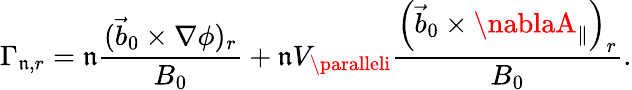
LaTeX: \Gamma_{\mathfrak{n},r}=\mathfrak{n}\frac{{(\vec{{b}}_{0}\times\nabla\phi)_{r}}}{{B_{0}}}+\mathfrak{n}V_{\paralleli}\frac{{\left(\vec{{b}}_{0}\times\nablaA_{\parallel}\right)_{r}}}{{B_{0}}}.